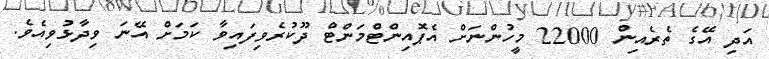
އަދި އޭގެ ތެރެއިން 22000 މީހުންނަށް އެޕޮއިންޓްމަންޓް ދޫކުރެވިފައިވާ ކަމަށް އޭނަ ވިދާޅުވިއެވެ.